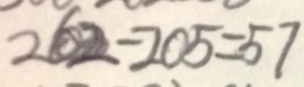
2 6 2 - 2 0 5 = 5 7